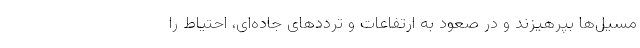
مسیل‌ها بپرهیزند و در صعود به ارتفاعات و ترددهای جاده‌ای، احتیاط را